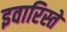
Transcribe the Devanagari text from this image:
इवारिस्ते